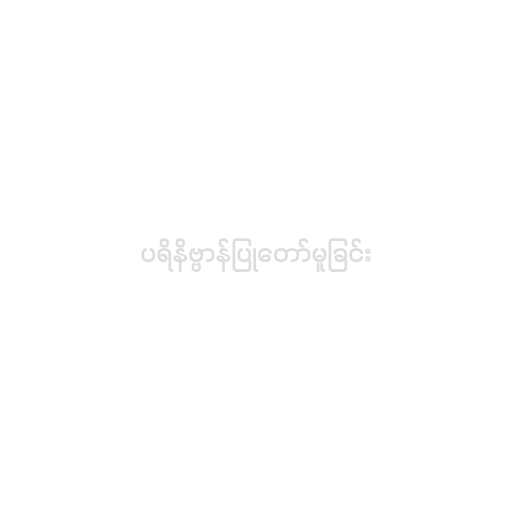
ပရိနိဗ္ဗာန်ပြုတော်မူခြင်း